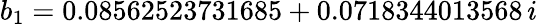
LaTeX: b_{1}=0.08562523731685+0.0718344013568\, i